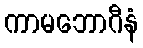
ကာမဘောဂီနံ